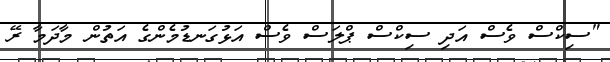
"ސިކްސް ވެސް އަދި ސިކްސް ޕްލަސް ވެސް އަޅުގަނޑުމެންގެ އަތުން މާދަމާ ރޭ